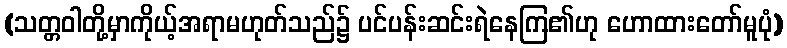
(သတ္တဝါတို့မှာကိုယ့်အရာမဟုတ်သည်၌ ပင်ပန်းဆင်းရဲနေကြ၏ဟု ဟောထားတော်မူပုံ)